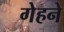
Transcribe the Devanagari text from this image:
गेहने